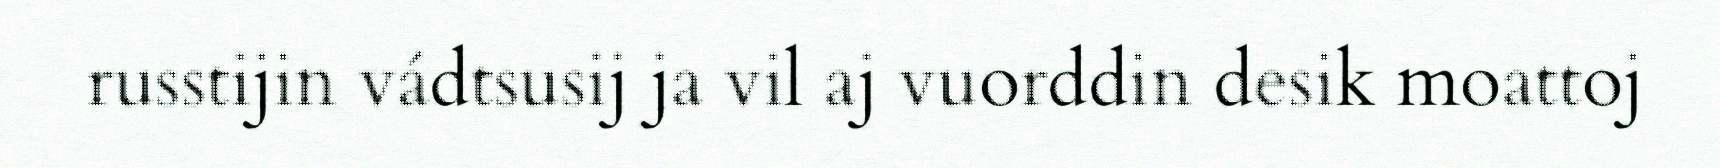
russtijin vádtsusij ja vil aj vuorddin desik moattoj